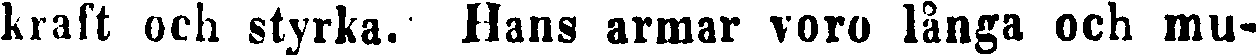
kraft och styrka. Hans armar voro långa och mu-